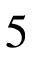
5